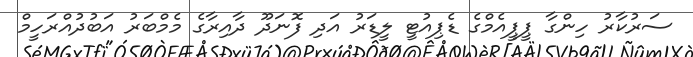
ސަރުކާރު ހިންގާ ޕީޕީއެމްގެ ޑެޕިއުޓީ ލީޑަރު އަދި ފޮނަދޫ ދާއިރާގެ މެމްބަރު އަބުދުއްރަހީމް